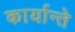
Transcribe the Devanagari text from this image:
कार्यान्ते